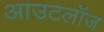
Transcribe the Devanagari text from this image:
आउटलॉज